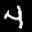
Label: 4